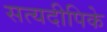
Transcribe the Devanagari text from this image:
सत्यदीपिके